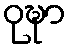
ဝုဍ္ဎာ